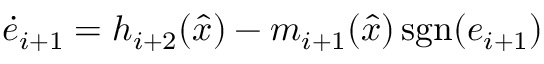
{ \dot { e } } _ { i + 1 } = h _ { i + 2 } ( { \hat { x } } ) - m _ { i + 1 } ( { \hat { x } } ) \operatorname { s g n } ( e _ { i + 1 } )